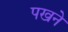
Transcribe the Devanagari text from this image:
पखने